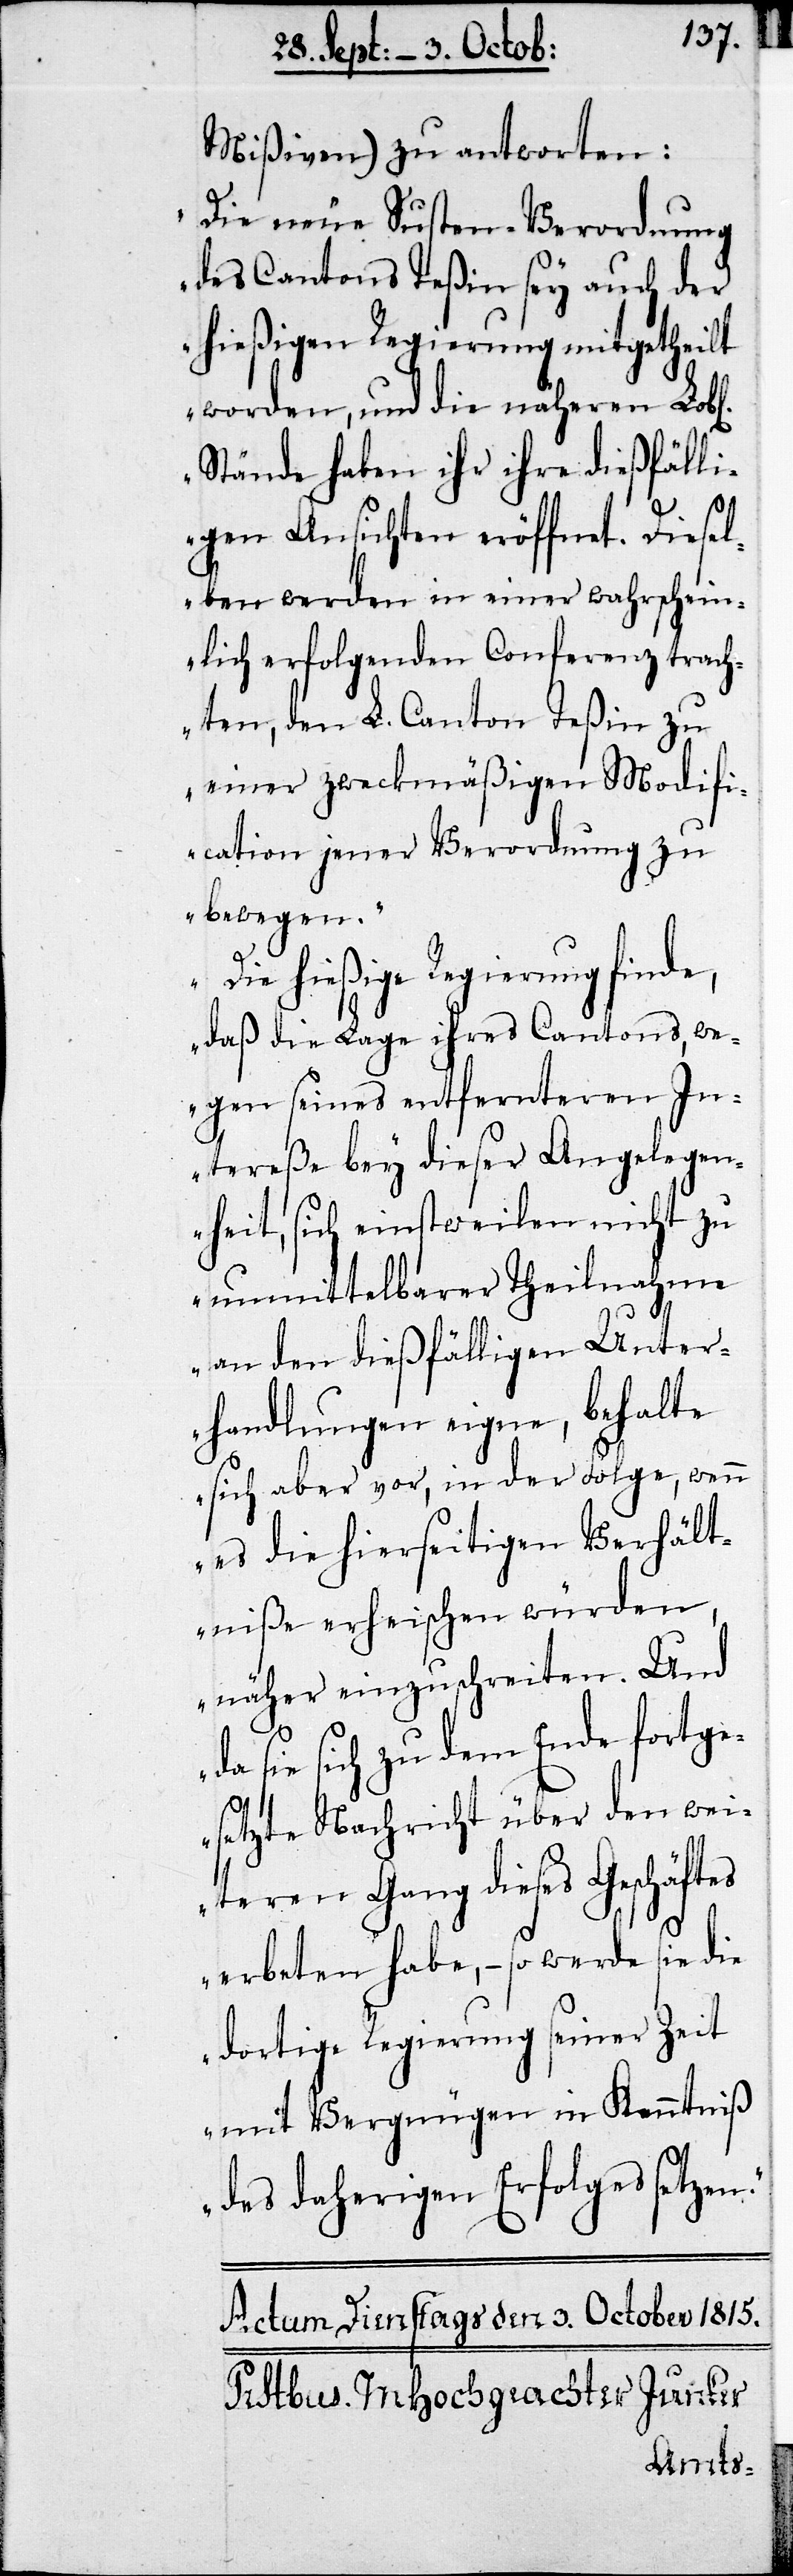
Mißiven) zu antworten:
„Die neue Susten-Verordnung
des Cantons Teßin sey auch der
hießigen Regierung mitgetheilt
worden, und die näheren Lobl.
Stände haben ihr ihre dießfälli¬
gen Ansichten eröffnet. Diesel¬
ben werden in einer wahrschein¬
lich erfolgenden Conferenz trach¬
ten, den L. Canton Teßin zu
einer zweckmäßigen Modifi¬
cation jener Verordnung zu
bewegen.
Die hießige Regierung finde,
daß die Lage ihres Cantons, we¬
gen seines entfernteren In¬
tereße bey dieser Angelegen¬
heit, sich einstweilen nicht zu
unmittelbarer Theilnahme
an den dießfälligen Unter¬
handlungen eigne, behalte
sich aber vor, in der Folge, wenn
es die hierseitigen Verhält¬
niße erheischen würden,
näher einzuschreiten. Und
sie sich zu dem Ende fortge¬
setzte Nachricht über den wei¬
teren Gang dieses Geschäfts
erbeten habe, – so werde sie die
dortige Regierung seiner Zeit
mit Vergnügen in Kenntniß
des dortigen Erfolges setzen.“